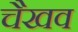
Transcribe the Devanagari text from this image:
चैखव